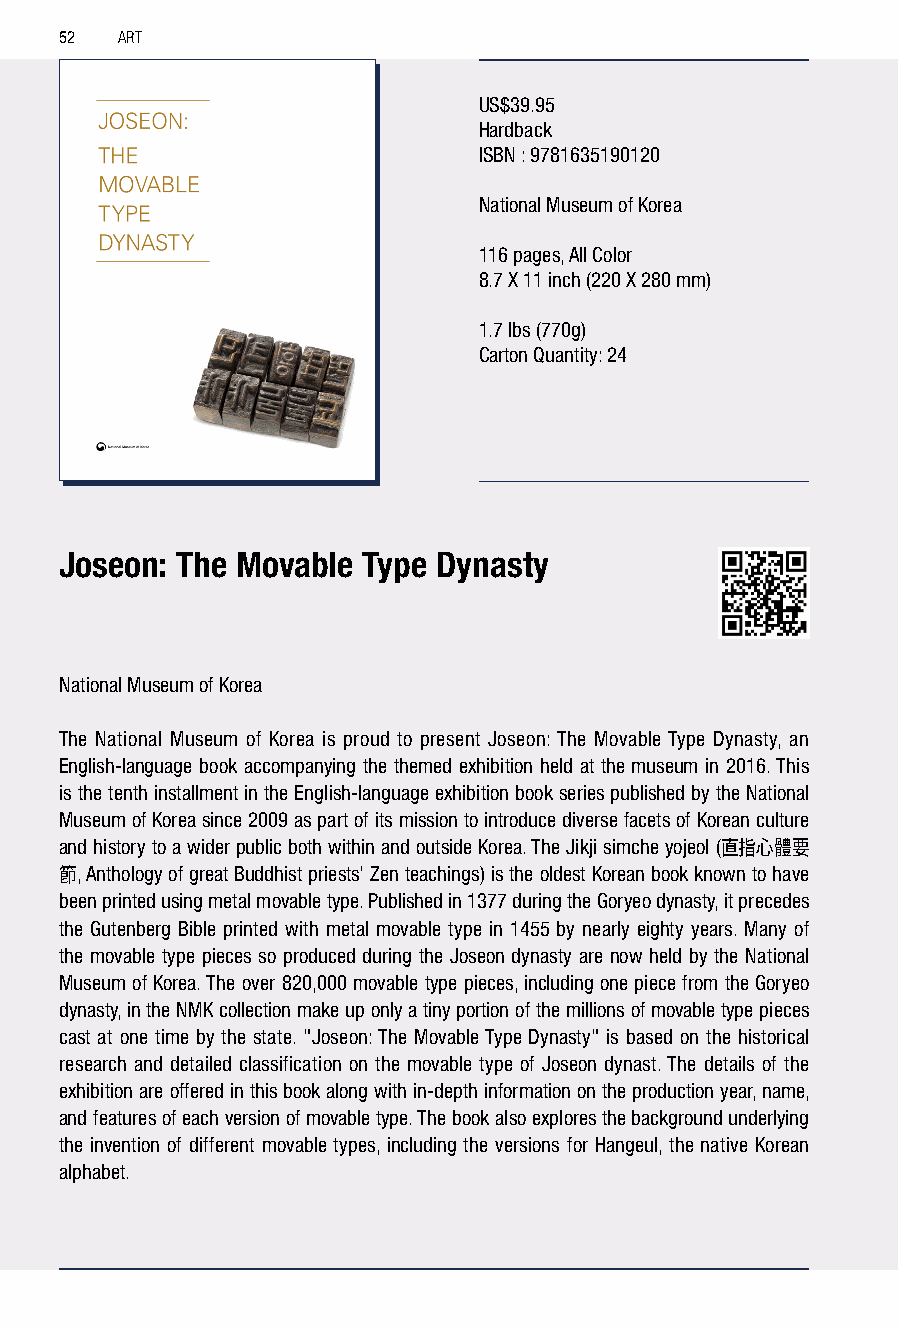
52  ART
 US$39.95
 Hardback
 ISBN : 9781635190120
 National Museum of Korea
 116 pages, All Color
 8.7 X 11 inch (220 X 280 mm)
 1.7 lbs (770g)
 Carton Quantity: 24
 Joseon: The Movable Type Dynasty
 National Museum of Korea
 The National Museum of Korea is proud to present Joseon: The Movable Type Dynasty, an
 English-language book accompanying the themed exhibition held at the museum in 2016. This
 is the tenth installment in the English-language exhibition book series published by the National
 Museum of Korea since 2009 as part of its mission to introduce diverse facets of Korean culture
 and history to a wider public both within and outside Korea. The Jikji simche yojeol (
 直指心體要
 , Anthology of great Buddhist priests' Zen teachings) is the oldest Korean book known to have
 節
 been printed using metal movable type. Published in 1377 during the Goryeo dynasty, it precedes
 the Gutenberg Bible printed with metal movable type in 1455 by nearly eighty years. Many of
 the movable type pieces so produced during the Joseon dynasty are now held by the National
 Museum of Korea. The over 820,000 movable type pieces, including one piece from the Goryeo
 dynasty, in the NMK collection make up only a tiny portion of the millions of movable type pieces
 cast at one time by the state. "Joseon: The Movable Type Dynasty" is based on the historical
 research and detailed classification on the movable type of Joseon dynast. The details of the
 exhibition are offered in this book along with in-depth information on the production year, name,
 and features of each version of movable type. The book also explores the background underlying
 the invention of different movable types, including the versions for Hangeul, the native Korean
 alphabet.